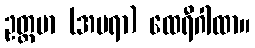
ဥတ္တမာ (အပရာ) ထေရီဂါထာ။